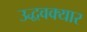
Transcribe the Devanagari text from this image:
उद्धवक्यार